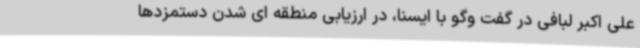
علی اکبر لبافی در گفت وگو با ایسنا، در ارزیابی منطقه ای شدن دستمزدها